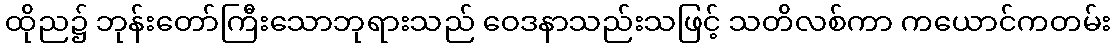
ထိုည၌ ဘုန်းတော်ကြီးသောဘုရားသည် ဝေဒနာသည်းသဖြင့် သတိလစ်ကာ ကယောင်ကတမ်း